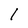
Character: 1